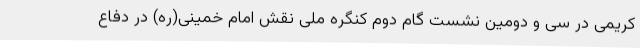
کریمی در سی و دومین نشست گام دوم کنگره ملی نقش امام خمینی(ره) در دفاع